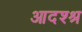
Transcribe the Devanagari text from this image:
आदश्श्र